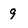
Character: q